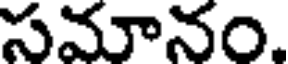
సమానం.